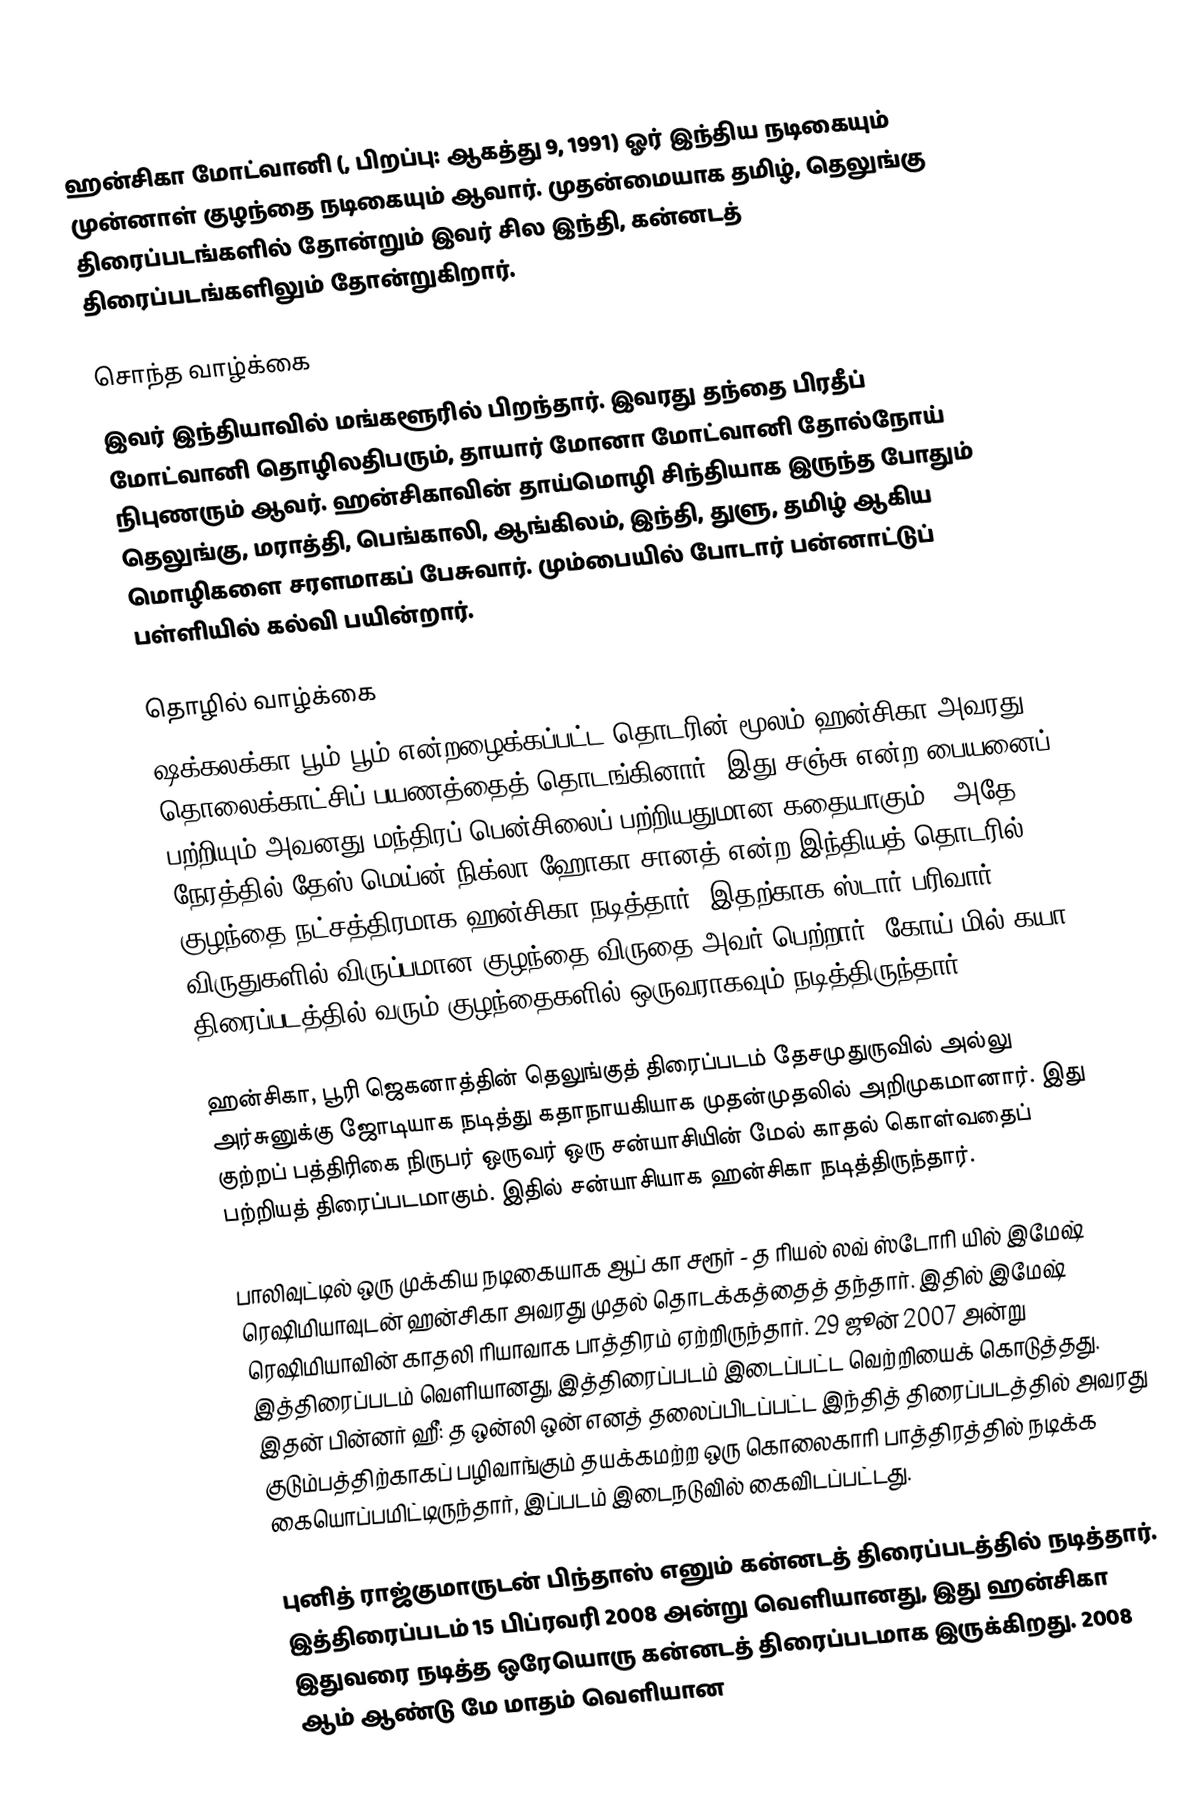
ஹன்சிகா மோட்வானி (, பிறப்பு: ஆகத்து 9, 1991) ஓர் இந்திய நடிகையும் முன்னாள் குழந்தை நடிகையும் ஆவார். முதன்மையாக தமிழ், தெலுங்கு திரைப்படங்களில் தோன்றும் இவர் சில இந்தி, கன்னடத் திரைப்படங்களிலும் தோன்றுகிறார்.

சொந்த வாழ்க்கை
இவர் இந்தியாவில் மங்களூரில் பிறந்தார். இவரது தந்தை பிரதீப் மோட்வானி தொழிலதிபரும், தாயார் மோனா மோட்வானி தோல்நோய் நிபுணரும் ஆவர். ஹன்சிகாவின் தாய்மொழி சிந்தியாக இருந்த போதும் தெலுங்கு, மராத்தி, பெங்காலி, ஆங்கிலம், இந்தி, துளு, தமிழ் ஆகிய மொழிகளை சரளமாகப் பேசுவார். மும்பையில் போடார் பன்னாட்டுப் பள்ளியில் கல்வி பயின்றார்.

தொழில் வாழ்க்கை
ஷக்கலக்கா பூம் பூம் என்றழைக்கப்பட்ட தொடரின் மூலம் ஹன்சிகா அவரது தொலைக்காட்சிப் பயணத்தைத் தொடங்கினார் (இது சஞ்சு என்ற பையனைப் பற்றியும் அவனது மந்திரப் பென்சிலைப் பற்றியதுமான கதையாகும்). அதே நேரத்தில் தேஸ் மெய்ன் நிக்லா ஹோகா சானத் என்ற இந்தியத் தொடரில் குழந்தை நட்சத்திரமாக ஹன்சிகா நடித்தார். இதற்காக ஸ்டார் பரிவார் விருதுகளில் விருப்பமான குழந்தை விருதை அவர் பெற்றார். கோய் மில் கயா திரைப்படத்தில் வரும் குழந்தைகளில் ஒருவராகவும் நடித்திருந்தார்.

ஹன்சிகா, பூரி ஜெகனாத்தின் தெலுங்குத் திரைப்படம் தேசமுதுருவில் அல்லு அர்சுனுக்கு ஜோடியாக நடித்து கதாநாயகியாக முதன்முதலில் அறிமுகமானார். இது குற்றப் பத்திரிகை நிருபர் ஒருவர் ஒரு சன்யாசியின் மேல் காதல் கொள்வதைப் பற்றியத் திரைப்படமாகும். இதில் சன்யாசியாக ஹன்சிகா நடித்திருந்தார்.

பாலிவுட்டில் ஒரு முக்கிய நடிகையாக ஆப் கா சரூர் - த ரியல் லவ் ஸ்டோரி யில் இமேஷ் ரெஷிமியாவுடன் ஹன்சிகா அவரது முதல் தொடக்கத்தைத் தந்தார். இதில் இமேஷ் ரெஷிமியாவின் காதலி ரியாவாக பாத்திரம் ஏற்றிருந்தார். 29 ஜூன் 2007 அன்று இத்திரைப்படம் வெளியானது, இத்திரைப்படம் இடைப்பட்ட வெற்றியைக் கொடுத்தது. இதன் பின்னர் ஹீ: த ஒன்லி ஒன் எனத் தலைப்பிடப்பட்ட இந்தித் திரைப்படத்தில் அவரது குடும்பத்திற்காகப் பழிவாங்கும் தயக்கமற்ற ஒரு கொலைகாரி பாத்திரத்தில் நடிக்க கையொப்பமிட்டிருந்தார், இப்படம் இடைநடுவில் கைவிடப்பட்டது.

புனித் ராஜ்குமாருடன் பிந்தாஸ் எனும் கன்னடத் திரைப்படத்தில் நடித்தார். இத்திரைப்படம் 15 பிப்ரவரி 2008 அன்று வெளியானது, இது ஹன்சிகா இதுவரை நடித்த ஒரேயொரு கன்னடத் திரைப்படமாக இருக்கிறது. 2008 ஆம் ஆண்டு மே மாதம் வெளியான